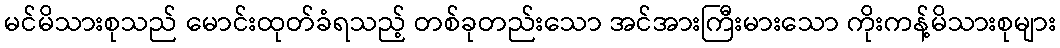
မင်မိသားစုသည် မောင်းထုတ်ခံရသည့် တစ်ခုတည်းသော အင်အားကြီးမားသော ကိုးကန့်မိသားစုများ